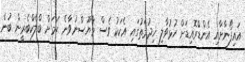
އައިފޯނާށާއި އެންޑްރޮއިޑަށް ހުޅުވާލި ޚިދުމަތުގައި އެކަކު ވެސް މާޔޫސްނުވާނެ ކަމަށް ބްލެކްބެރީން ބުނެ